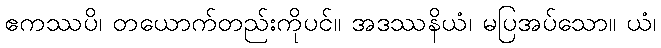
ဧကဿပိ၊ တယောက်တည်းကိုပင်။ အဒဿနိယံ၊ မပြအပ်သော။ ယံ၊